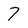
Character: 7